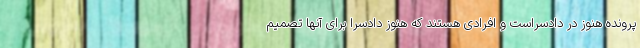
پرونده هنوز در دادسراست و افرادی هستند که هنوز دادسرا برای آنها تصمیم